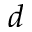
d